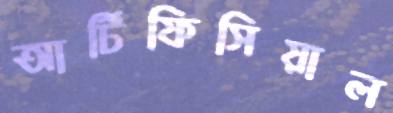
আর্টিফিসিয়াল